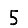
Digit: 5